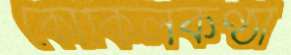
কোকিলকণ্ঠী